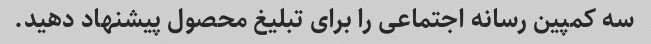
سه کمپین رسانه اجتماعی را برای تبلیغ محصول پیشنهاد دهید.